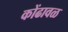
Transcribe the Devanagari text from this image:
कोंढावळ